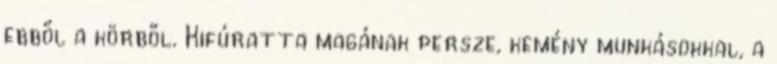
ebből a körből. Kifúratta magának persze, kemény munkásokkal, a